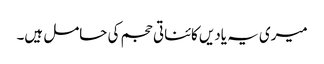
میری یہ یادیں کائناتی حجم کی حامل ہیں۔